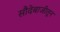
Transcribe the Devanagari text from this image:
सौदेबाजीतून